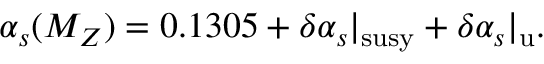
\alpha _ { s } ( M _ { Z } ) = 0 . 1 3 0 5 + \delta \alpha _ { s } | _ { \mathrm { s u s y } } + \delta \alpha _ { s } | _ { \mathrm { u } } .